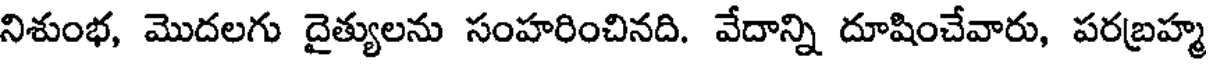
నిశుంభ, మొదలగు దైత్యులను సంహరించినది. వేదాన్ని దూషించేవారు, పరబ్రహ్మ